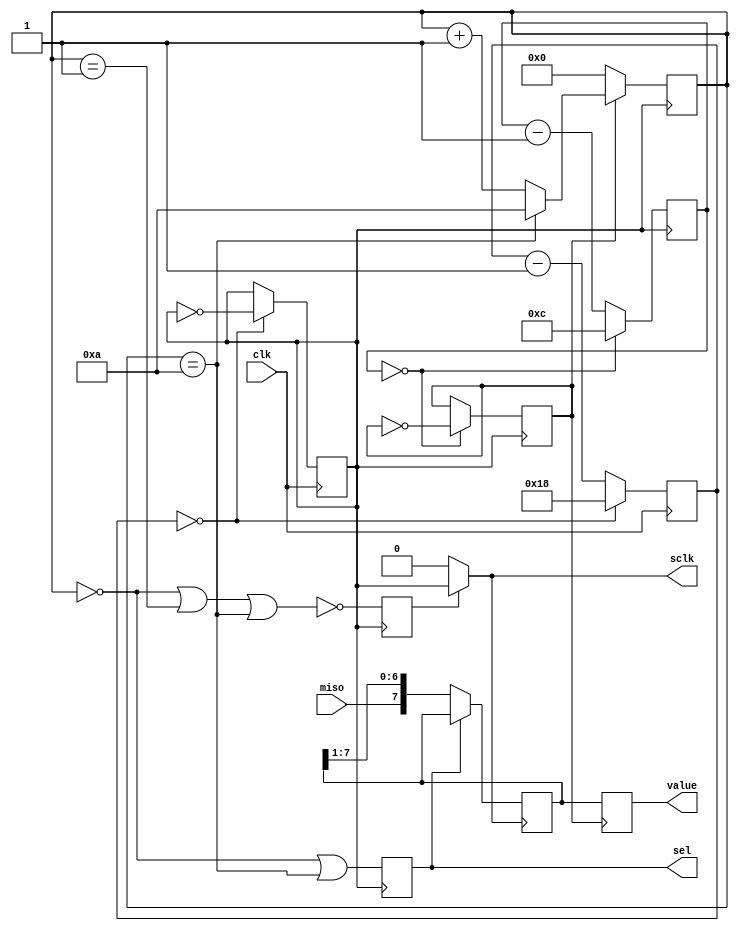
// This program was cloned from: https://github.com/multigcs/riocore
// License: GNU General Public License v2.0


module tlc549c
    #(parameter DIVIDER = 24)
     (
         input		clk,
         input		miso,
         output 	sclk,
         output reg	sel,
         output reg	[7:0] value
     );

    reg	[7:0] value_buf;
    reg	[3:0] cnt;
    reg sclk_valid;
    reg sel_valid;

    reg clk_1m;
    reg [31:0]counter_1m;
    always @(posedge clk) begin
        if (counter_1m == 0) begin
            counter_1m <= DIVIDER;
            clk_1m <= ~clk_1m;
        end else begin
            counter_1m <= counter_1m - 1;
        end
    end

    reg clk_40k;
    reg [31:0]counter_40k;
    always @(posedge clk_1m) begin
        if (counter_40k == 0) begin
            counter_40k <= 12;
            clk_40k <= ~clk_40k;
        end else begin
            counter_40k <= counter_40k - 1;
        end
    end

    always @(posedge clk_1m) begin
        if(clk_40k == 0) begin
            cnt <= 0;
        end else if(cnt == 10) begin
            cnt <= 10;
        end else begin
            cnt <= cnt + 1'b1;
        end
        sclk_valid <= !((cnt == 0) | (cnt == 1) | (cnt == 10));
        sel <= (cnt == 0) | (cnt == 10);
    end

    assign sclk = sclk_valid ? clk_1m : 1'b0;

    always @(posedge sclk) begin
        if(sel == 0) begin
            value_buf <= {miso, value_buf[7:1]};
        end
    end

    always @(posedge clk_40k) begin
        value <= value_buf;
    end

endmodule